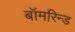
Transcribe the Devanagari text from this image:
बॉमरिन्ड